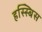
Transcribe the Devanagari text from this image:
हस्स्बिस